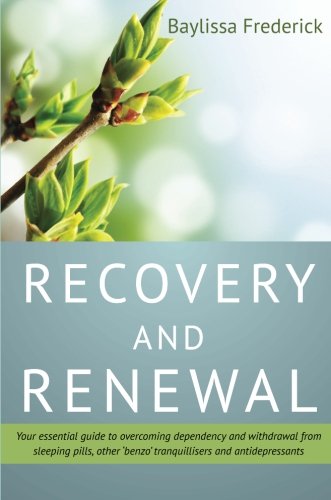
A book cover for Recovery and Renewal: Your Essential Guide to Overcoming Dependency and Withdrawal from Sleeping Pills, Other 'Benzo' Tranquillisers and Antidepressants; Baylissa Frederick; Health, Fitness & Dieting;